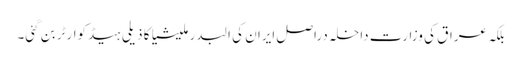
بلکہ عراق کی وزارت داخلہ دراصل ایران کی البدر ملیشیا کا ذیلی ہیڈکوارٹر بن گئی۔